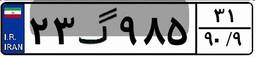
۲۳گ۹۸۵۳۱